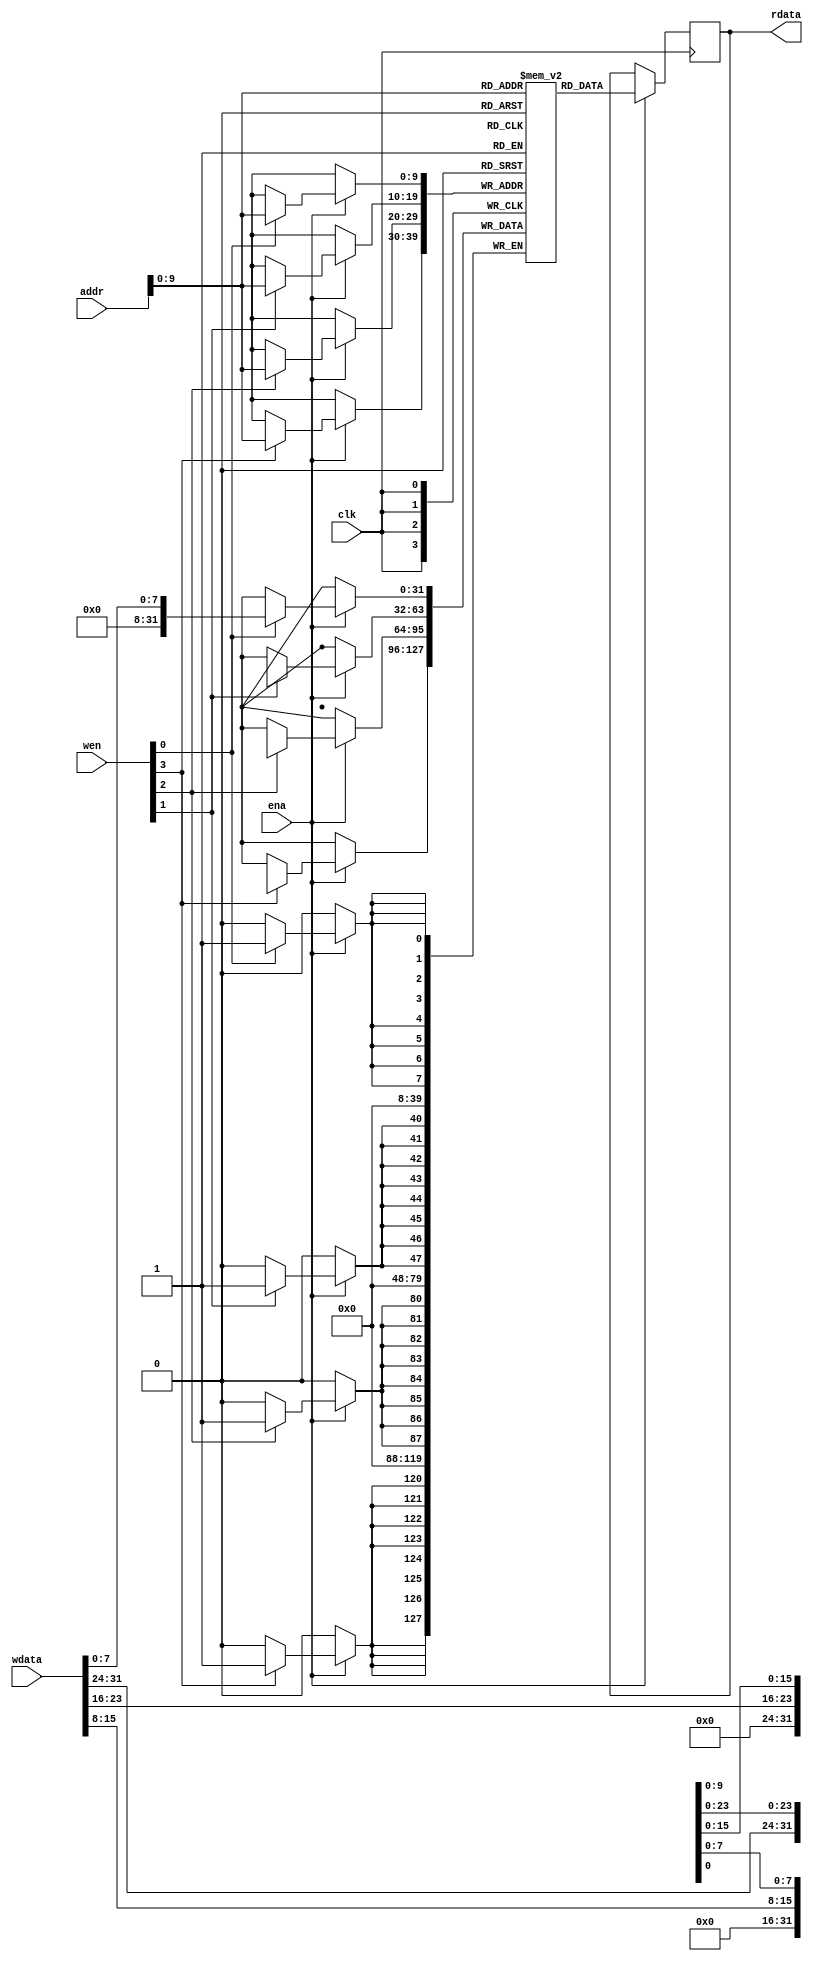
module openstriVe_soc_mem #(
	parameter integer WORDS = 1024*1
) (
	`ifdef USE_POWER_PINS
		inout vccd1,	// User area 1 1.8V supply
		inout vssd1,	// User area 1 digital ground
	`endif
	
	input clk,
	input ena,
	input [3:0] wen,
	input [21:0] addr,
	input [31:0] wdata,
	output reg [31:0] rdata
);
	reg [31:0] mem [0:WORDS-1];
	always @(posedge clk) begin
		if (ena == 1'b1) begin
			rdata <= mem[addr];
			if (wen[0]) mem[addr][ 7: 0] <= wdata[ 7: 0];
			if (wen[1]) mem[addr][15: 8] <= wdata[15: 8];
			if (wen[2]) mem[addr][23:16] <= wdata[23:16];
			if (wen[3]) mem[addr][31:24] <= wdata[31:24];
		end
	end
endmodule